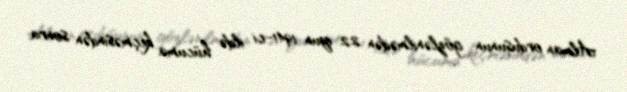
Alman ordusunun gözlənilmədən 22 iyun 1941-ci ildə hücuma keçməsindən sonra